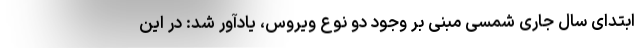
ابتدای سال جاری شمسی مبنی بر وجود دو نوع ویروس، یادآور شد: در این